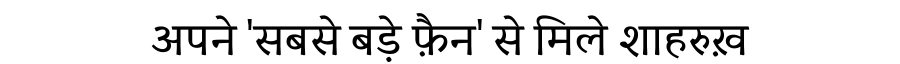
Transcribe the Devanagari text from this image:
अपने 'सबसे बड़े फ़ैन' से मिले शाहरुख़